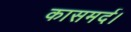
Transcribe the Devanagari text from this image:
कासमर्द।